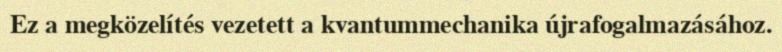
Ez a megközelítés vezetett a kvantummechanika újrafogalmazásához.